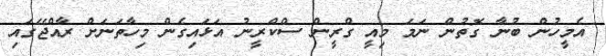
އެމީހުން ބުނާ ގޮތުން ނަމަ މިއީ ގްރީން ސްކްރީނު އަޅައިގެން މިހާތަނަށް ރާއްޖޭގައި